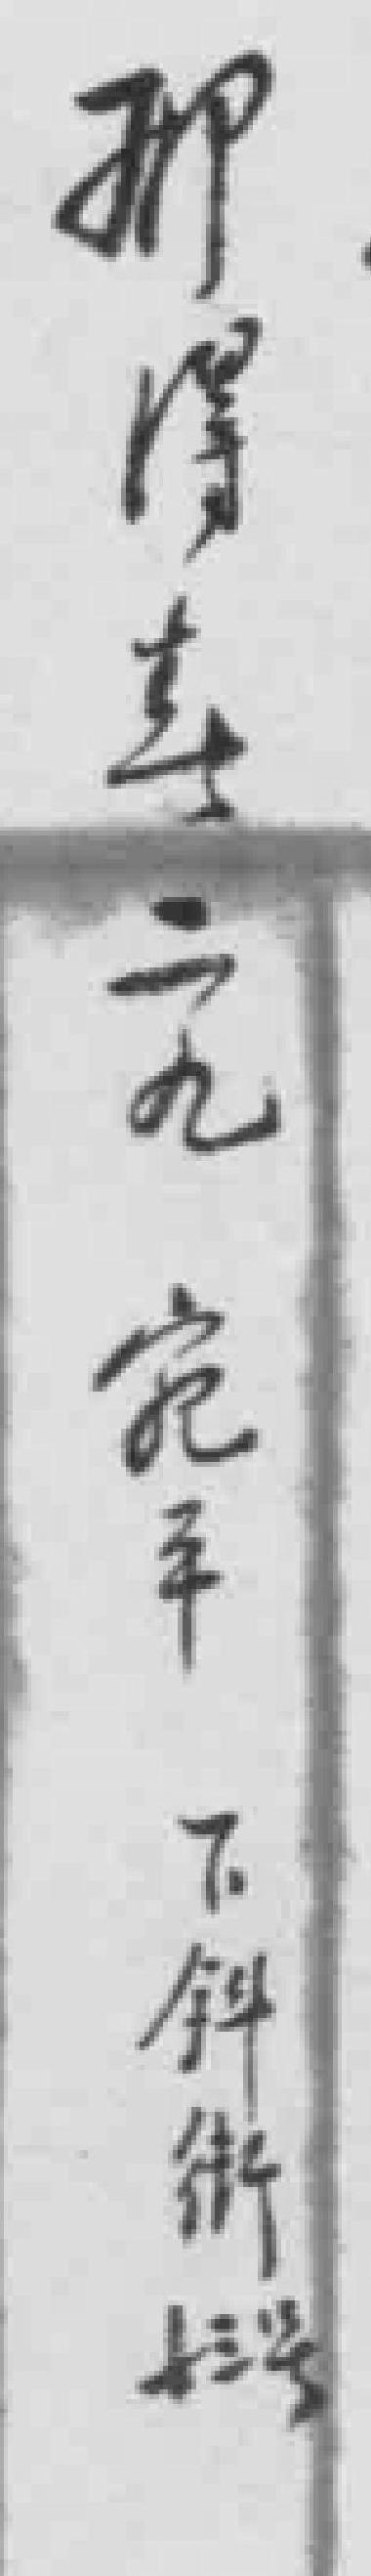
那得寿二九宛平下斜街十三号